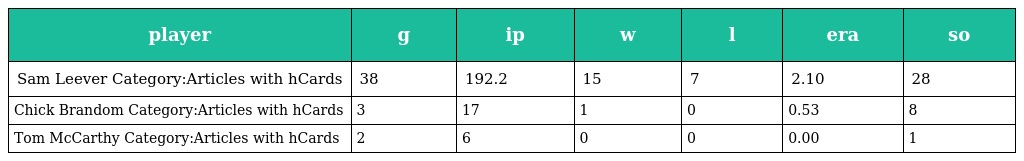
| player | g | ip | w | l | era | so |
 | --- | --- | --- | --- | --- | --- | --- |
 | Sam Leever Category:Articles with hCards | 38 | 192.2 | 15 | 7 | 2.10 | 28 |
 | Chick Brandom Category:Articles with hCards | 3 | 17 | 1 | 0 | 0.53 | 8 |
 | Tom McCarthy Category:Articles with hCards | 2 | 6 | 0 | 0 | 0.00 | 1 |